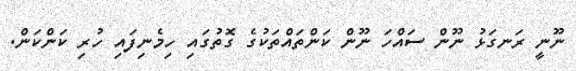
ނޫނީ ރަނގަޅު ނޫން ސައްހަ ނޫން ކަންތައްތަކުގެ ގޮތުގައި ހިމެނިފައި ހުރި ކަންކަން.